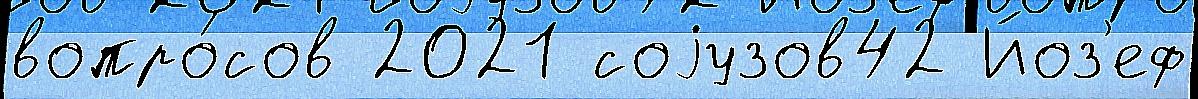
вопро́сов 2021 соjузов42 Йоз'еф